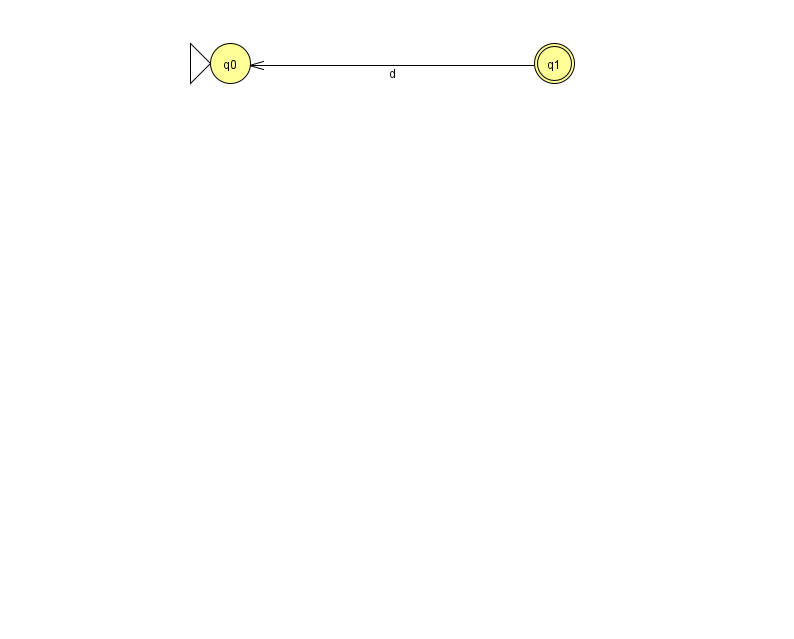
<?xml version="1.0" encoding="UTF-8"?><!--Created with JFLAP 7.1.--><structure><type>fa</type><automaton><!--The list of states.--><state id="0" name="q0"><x>230.0</x><y>50.0</y><initial/></state><state id="1" name="q1"><x>554.0</x><y>50.0</y><final/></state><!--The list of transitions.--><transition><from>1</from><to>0</to><read>d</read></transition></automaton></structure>